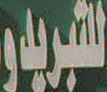
التبريد